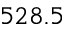
5 2 8 . 5